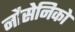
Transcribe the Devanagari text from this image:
नौसेनिको